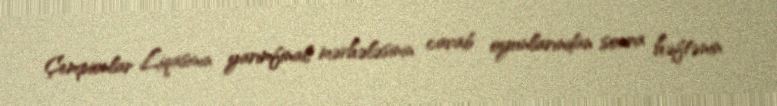
Çempionlar Liqasının yarımfinal mərhələsinin cavab oyunlarından sonra həftənin